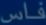
فاس